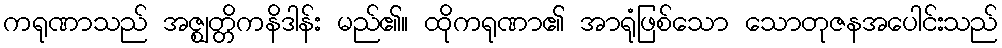
ကရုဏာသည် အဇ္ဈတ္တိကနိဒါန်း မည်၏။ ထိုကရုဏာ၏ အာရုံဖြစ်သော သောတုဇနအပေါင်းသည်